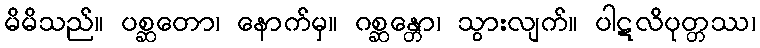
မိမိသည်။ ပစ္ဆတော၊ နောက်မှ။ ဂစ္ဆန္တော၊ သွားလျက်။ ပါဋလိပုတ္တဿ၊